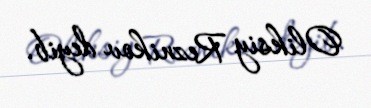
Oliksiy Reznikov deyib.